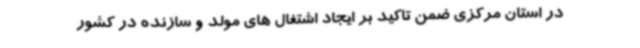
در استان مرکزی ضمن تاکید بر ایجاد اشتغال های مولد و سازنده در کشور